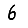
Digit: 6